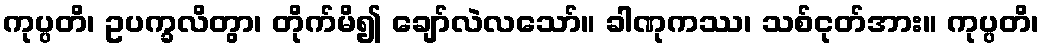
ကုပ္ပတိ၊ ဥပက္ခလိတွာ၊ တိုက်မိ၍ ချော်လဲလသော်။ ခါဏုကဿ၊ သစ်ငုတ်အား။ ကုပ္ပတိ၊